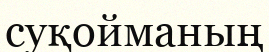
суқойманың